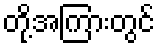
တို့အကြားတွင်